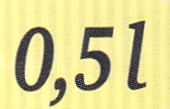
0,5l